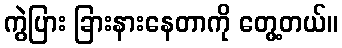
ကွဲပြား ခြားနားနေတာကို တွေ့တယ်။